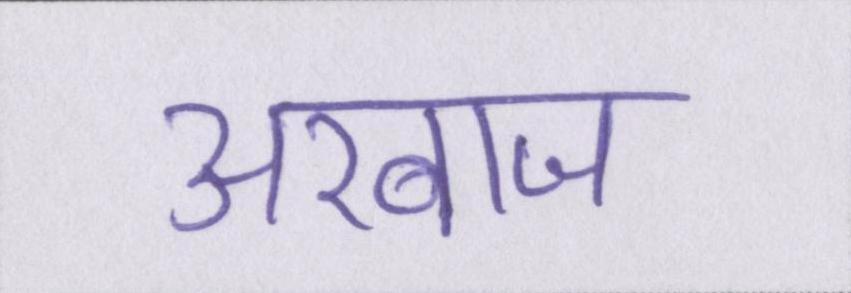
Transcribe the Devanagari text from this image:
अरबाज